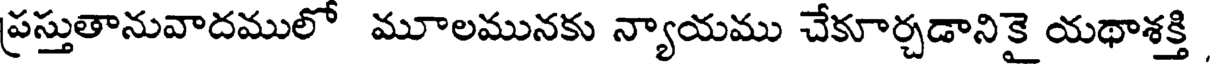
ప్రస్తుతానువాదములో మూలమునకు న్యాయము చేకూర్చడానికై యథాశక్తి